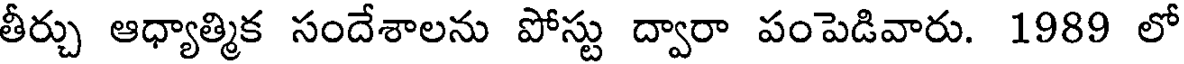
తీర్చు ఆధ్యాత్మిక సందేశాలను పోస్టు ద్వారా పంపెడివారు. 1989 లో